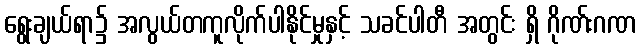
ရွေးချယ်ရာ၌ အလွယ်တကူလိုက်ပါနိုင်မှုနှင့် သခင်ပါတီ အတွင်း ရှိ ဂိုဏ်းဂဏ